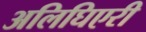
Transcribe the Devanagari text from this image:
अलिघिएरी